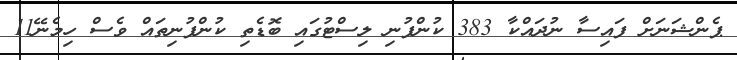
ޕެންޝަނަށް ފައިސާ ނުދައްކާ 383 ކުންފުނި ލިސްޓުގައި ބޮޑެތި ކުންފުނިތައް ވެސް ހިމެނޭ11